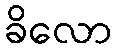
ခိလော